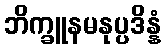
ဘိက္ခူနမနုပ္ပဒိန္နံ